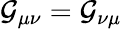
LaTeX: \mathcal{G}_{\mu\nu}=\mathcal{G}_{\nu\mu}